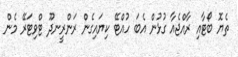
ތެޔޮ ބޯޓާއި ރާއްޖެއާ ގުޅުން އެބަ ހުއްޓޭ ކިޔައިގެން ރަންރީނދޫ ޓްވިޓަރޭ މެން